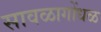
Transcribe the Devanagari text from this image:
सावळागोंधळ